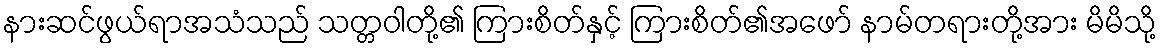
နားဆင်ဖွယ်ရာအသံသည် သတ္တဝါတို့၏ ကြားစိတ်နှင့် ကြားစိတ်၏အဖော် နာမ်တရားတို့အား မိမိသို့